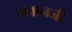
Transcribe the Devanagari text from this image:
भवानजी